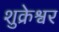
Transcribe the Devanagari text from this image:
शुक्रेश्वर